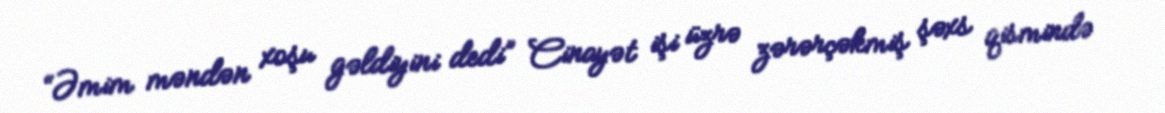
“Əmim məndən xoşu gəldiyini dedi” Cinayət işi üzrə zərərçəkmiş şəxs qismində